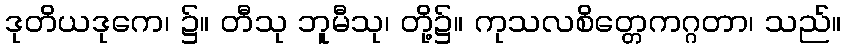
ဒုတိယဒုကေ၊ ၌။ တီသု ဘူမီသု၊ တို့၌။ ကုသလစိတ္တေကဂ္ဂတာ၊ သည်။